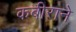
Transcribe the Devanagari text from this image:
कबीराने